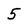
Character: 5